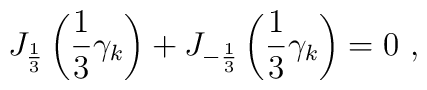
J_{\frac{1}{3}} \left(\frac{1}{3} \gamma_k\right) + J_{-\frac{1}{3}} \left(\frac{1}{3} \gamma_k\right) = 0 \,\, ,